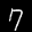
Label: 7